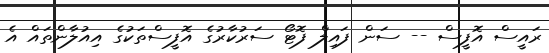
ރައީސް އޮފީސް -- ސަން ފައިލް ފޮޓޯ ސަރުކާރުގެ އޮފީސްތަކުގެ އިއުލާންތައް އެ